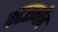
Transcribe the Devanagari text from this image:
कटरागाँव